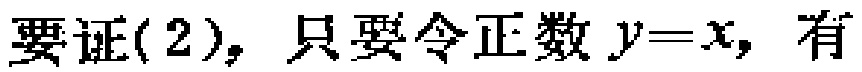
要证(2)，只要令正数\(y = x\)，有